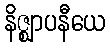
နိဇ္ဈာပနီယေ